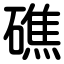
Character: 礁